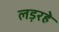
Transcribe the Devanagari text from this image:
लड़रहे